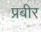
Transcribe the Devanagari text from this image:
प्रबीर